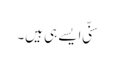
سنّی ایسے ہی ہیں۔